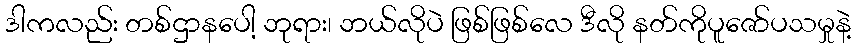
ဒါကလည်း တစ်ဌာနပေါ့ ဘုရား၊ ဘယ်လိုပဲ ဖြစ်ဖြစ်လေ ဒီလို နတ်ကိုပူဇော်ပသမှုနဲ့